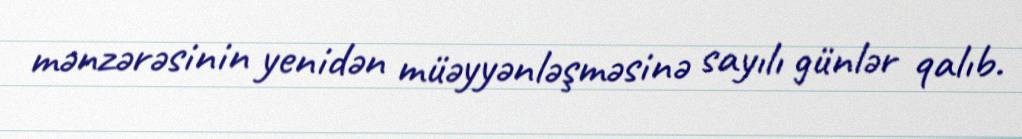
mənzərəsinin yenidən müəyyənləşməsinə sayılı günlər qalıb.